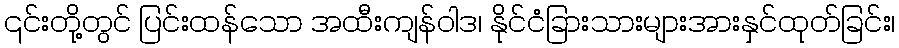
၎င်းတို့တွင် ပြင်းထန်သော အထီးကျန်ဝါဒ၊ နိုင်ငံခြားသားများအားနှင်ထုတ်ခြင်း၊